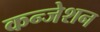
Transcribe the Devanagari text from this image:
कन्जेशन